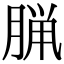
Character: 𫞇